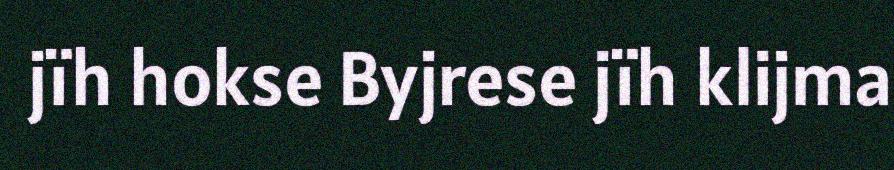
jïh hokse Byjrese jïh klijma